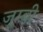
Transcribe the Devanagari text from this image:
जूम्बी